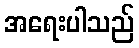
အရေးပါသည်